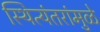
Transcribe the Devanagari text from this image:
स्थित्यंतरांमुळे